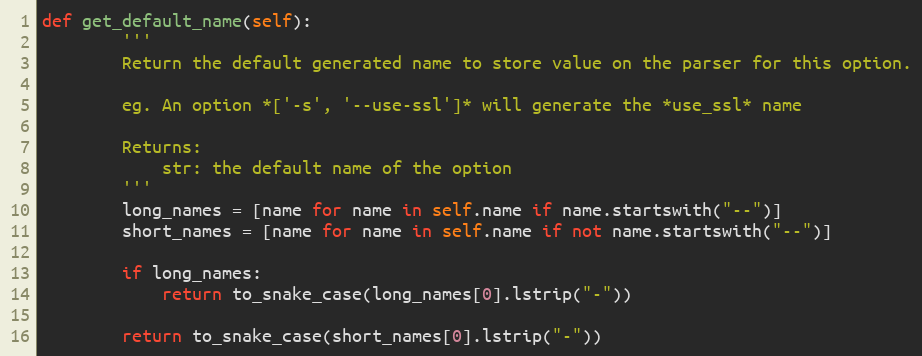
Language: Python
def get_default_name(self):
        '''
        Return the default generated name to store value on the parser for this option.

        eg. An option *['-s', '--use-ssl']* will generate the *use_ssl* name

        Returns:
            str: the default name of the option
        '''
        long_names = [name for name in self.name if name.startswith("--")]
        short_names = [name for name in self.name if not name.startswith("--")]

        if long_names:
            return to_snake_case(long_names[0].lstrip("-"))

        return to_snake_case(short_names[0].lstrip("-"))